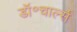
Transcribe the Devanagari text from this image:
डॉ॰चार्ल्स